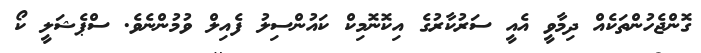
ގޮންޖެހުންތަކެއް ދިމާވީ އެއީ ސަރުކާރުގެ އިކޮނޮމިކް ކައުންސިލު ފެއިލް ވުމުންނެވެ. ސްޕެޝަލީ ކޯ